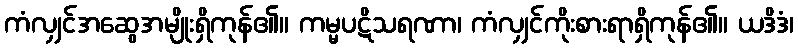
ကံလျှင်အဆွေအမျိုးရှိကုန်၏။ ကမ္မပဋိသရဏာ၊ ကံလျှင်ကိုးစားရာရှိကုန်၏။ ယဒိဒံ၊